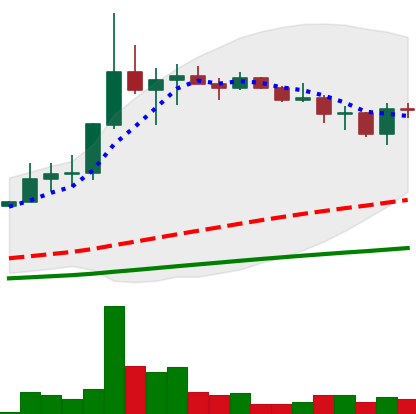
Ticker: LINK-USD
Chart end date: 2019-07-13
Forward return: -15.499%
Label: down_7plus